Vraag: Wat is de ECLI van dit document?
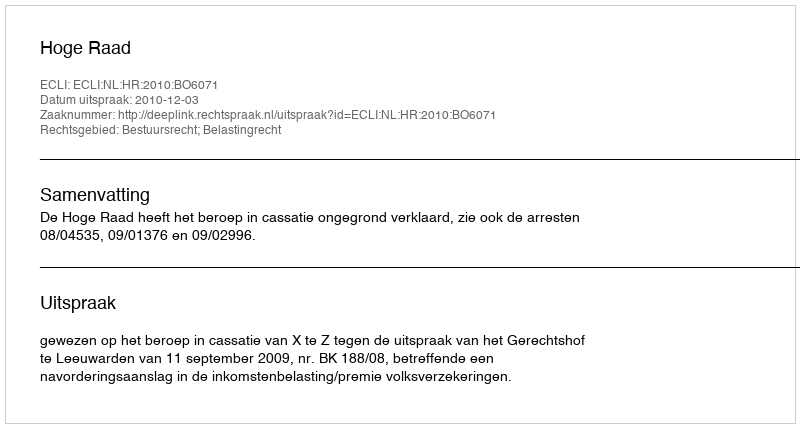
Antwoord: ECLI:NL:HR:2010:BO6071